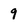
Character: 9